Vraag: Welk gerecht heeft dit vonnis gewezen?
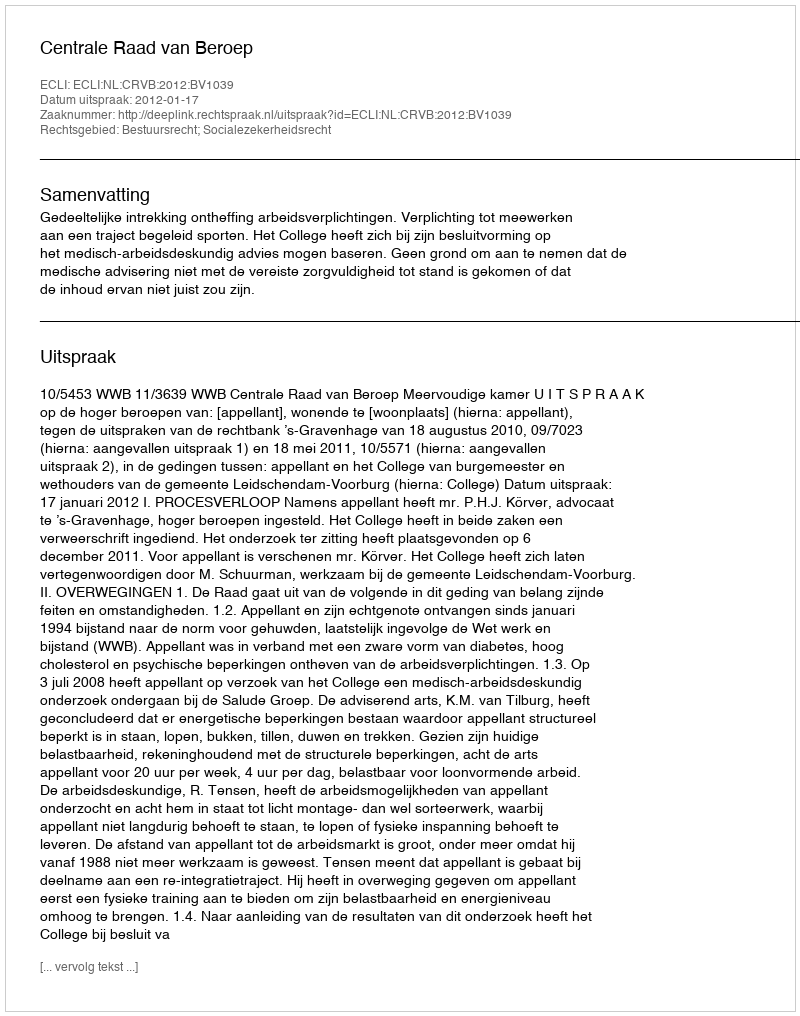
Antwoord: Centrale Raad van Beroep